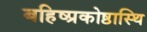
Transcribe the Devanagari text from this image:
बहिष्प्रकोष्ठास्थि